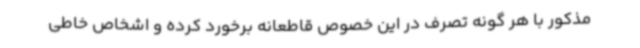
مذکور با هر گونه تصرف در این خصوص قاطعانه برخورد کرده و اشخاص خاطی